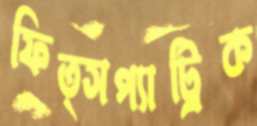
ফিত্সপ্যাট্রিক